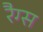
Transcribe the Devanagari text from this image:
रैग्स